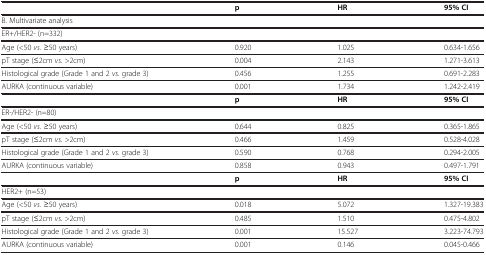
<table><thead><tr><td><b> </b></td><td><b>p</b></td><td><b>HR</b></td><td><b>95%CI</b></td></tr></thead><tbody><tr><td colspan="4">B. Multivariate analysis</td></tr><tr><td colspan="4">ER+/HER2- (n=332)</td></tr><tr><td>Age (&lt;50 <i>vs.</i> ≥50 years)</td><td>0.920</td><td>1.025</td><td>0.634-1.656</td></tr><tr><td>pT stage (≤2cm <i>vs.</i> &gt;2cm)</td><td>0.004</td><td>2.143</td><td>1.271-3.613</td></tr><tr><td>Histological grade (Grade 1 and 2 <i>vs.</i> grade 3)</td><td>0.456</td><td>1.255</td><td>0.691-2.283</td></tr><tr><td>AURKA (continuous variable)</td><td>0.001</td><td>1.734</td><td>1.242-2.419</td></tr><tr><td> </td><td><b>p</b></td><td><b>HR</b></td><td><b>95</b><b>%</b><b>CI</b></td></tr><tr><td colspan="4">ER-/HER2- (n=80)</td></tr><tr><td>Age (&lt;50 <i>vs.</i> ≥50 years)</td><td>0.644</td><td>0.825</td><td>0.365-1.865</td></tr><tr><td>pT stage (≤2cm <i>vs.</i> &gt;2cm)</td><td>0.466</td><td>1.459</td><td>0.528-4.028</td></tr><tr><td>Histological grade (Grade 1 and 2 <i>vs.</i> grade 3)</td><td>0.590</td><td>0.768</td><td>0.294-2.005</td></tr><tr><td>AURKA (continuous variable)</td><td>0.858</td><td>0.943</td><td>0.497-1.791</td></tr><tr><td> </td><td><b>p</b></td><td><b>HR</b></td><td><b>95</b><b>%</b><b>CI</b></td></tr><tr><td colspan="4">HER2+ (n=53)</td></tr><tr><td>Age (&lt;50 <i>vs.</i> ≥50 years)</td><td>0.018</td><td>5.072</td><td>1.327-19.383</td></tr><tr><td>pT stage (≤2cm <i>vs.</i> &gt;2cm)</td><td>0.485</td><td>1.510</td><td>0.475-4.802</td></tr><tr><td>Histological grade (Grade 1 and 2 <i>vs.</i> grade 3)</td><td>0.001</td><td>15.527</td><td>3.223-74.793</td></tr><tr><td>AURKA (continuous variable)</td><td>0.001</td><td>0.146</td><td>0.045-0.466</td></tr></tbody></table>